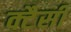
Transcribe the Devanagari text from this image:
क्टैसी